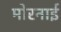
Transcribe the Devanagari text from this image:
मोरनाई